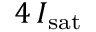
4 \, I _ { \mathrm { s a t } }